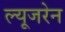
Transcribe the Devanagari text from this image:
ल्यूजरेन